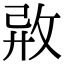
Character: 𢼷